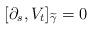
LaTeX: \begin{align*} [\partial_s,V_t]_{\widetilde{\gamma}}=0 \end{align*}